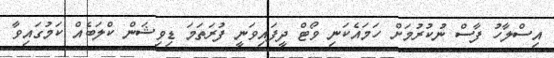
އިސްލާހު ފާސް ނުކުރުމަށް ހަމައެކަނި ވޯޓް ދީފައިވަނީ ފުރަތަމަ ޑިވިޝަން ކްލަބެއް ކަމުގައިވާ